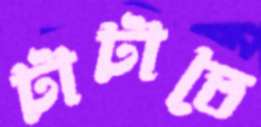
টাটাতে